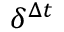
\delta ^ { \Delta t }